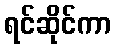
ရင်ဆိုင်ကာ